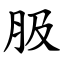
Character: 䏜